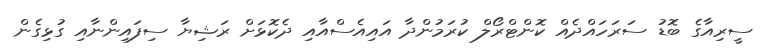
ސީރިއާގެ ބޮޑު ސަރަހައްދެއް ކޮންޓްރޯލް ކުރަމުންދާ އައިއެސްއާއި ދެކޮޅަށް ރަޝިޔާ ސިފައިންނާއި ގުޅިގެން